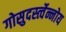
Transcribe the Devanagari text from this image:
गोसुदर्स्त्वेन्नोय